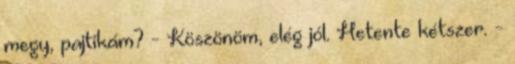
megy, pajtikám? - Köszönöm, elég jól. Hetente kétszer. -